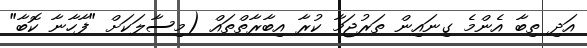
އަދި ތިބާ އެންމެ ގިނައިން ތަރުޖަމާ ކުރާ އިބާރާތްތައް (މިސާލަކަށް "ފާހާނާ ކޮބާ"